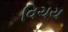
વિચય